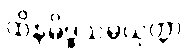
ထိနမိဒ္ဓသမ္ပယုတ္တာ